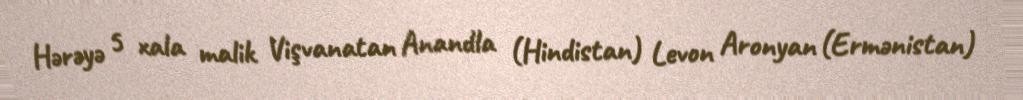
Hərəyə 5 xala malik Vişvanatan Anandla (Hindistan) Levon Aronyan (Ermənistan)